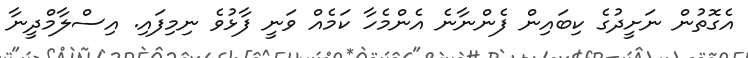
އެގޮތުން ނަށީދުގެ ކިބައިން ފެންނާނެ އެންމެހާ ކަމެއް ވަނީ ފާޅުވެ ނިމިފައި. އިސްލާމްދީނާ